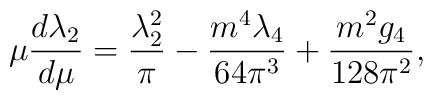
\mu{d\lambda_2\over d\mu} = {\lambda_2^2\over\pi} - {m^4\lambda_4\over 64\pi^3}+ {m^2 g_4\over 128\pi^2},